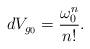
LaTeX: \begin{align*}dV_{g_0} = \frac{\omega_{0}^{n}}{n!}.\end{align*}